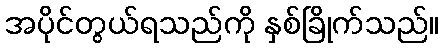
အပိုင်တွယ်ရသည်ကို နှစ်ခြိုက်သည်။